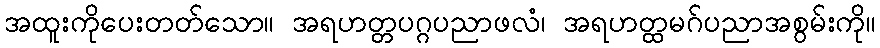
အထူးကိုပေးတတ်သော။ အရဟတ္တပဂ္ဂပညာဖလံ၊ အရဟတ္ထမဂ်ပညာအစွမ်းကို။